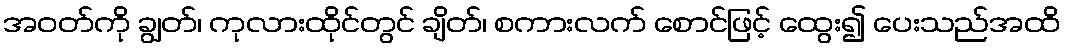
အဝတ်ကို ချွတ်၊ ကုလားထိုင်တွင် ချိတ်၊ စကားလက် စောင်ဖြင့် ထွေး၍ ပေးသည်အထိ